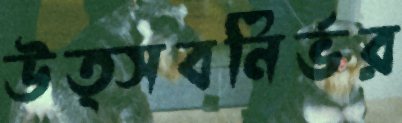
উত্সবনির্ভর